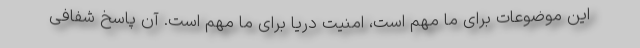
این موضوعات برای ما مهم است، امنیت دریا برای ما مهم است. آن پاسخ شفافی